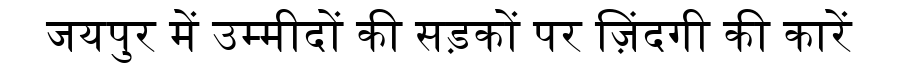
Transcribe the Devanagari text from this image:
जयपुर में उम्मीदों की सड़कों पर ज़िंदगी की कारें